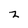
Character: z